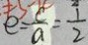
e = \frac { c } { a } = \frac { 1 } { 2 }